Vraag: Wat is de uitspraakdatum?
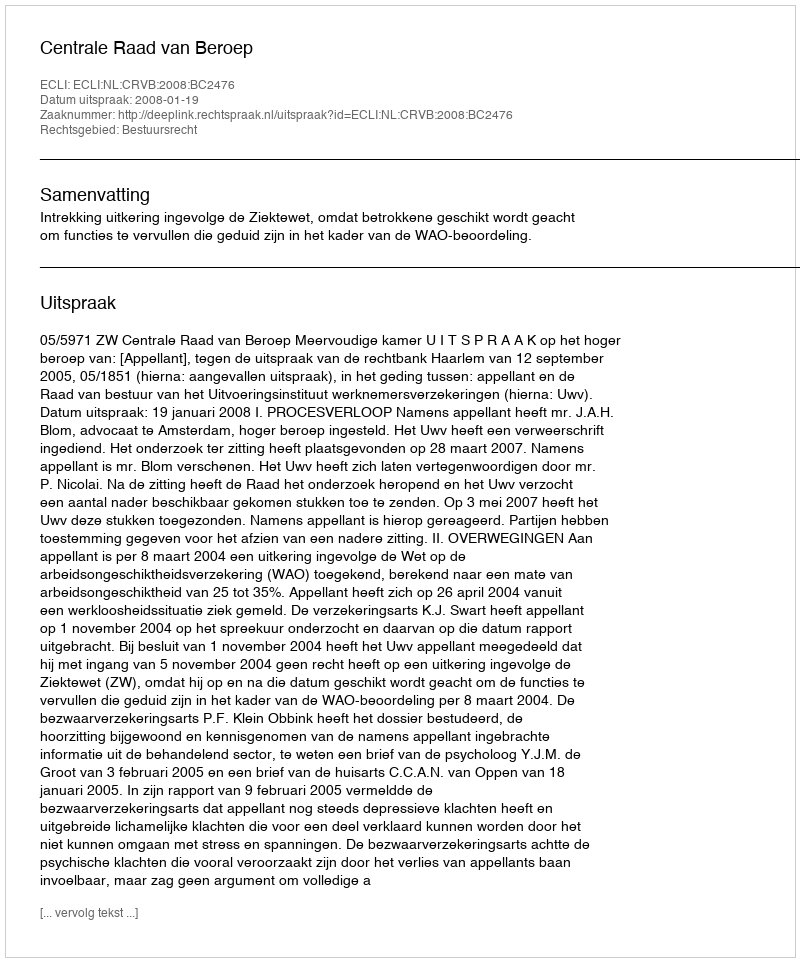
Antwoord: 2008-01-19